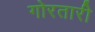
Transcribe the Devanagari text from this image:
गोरतारी